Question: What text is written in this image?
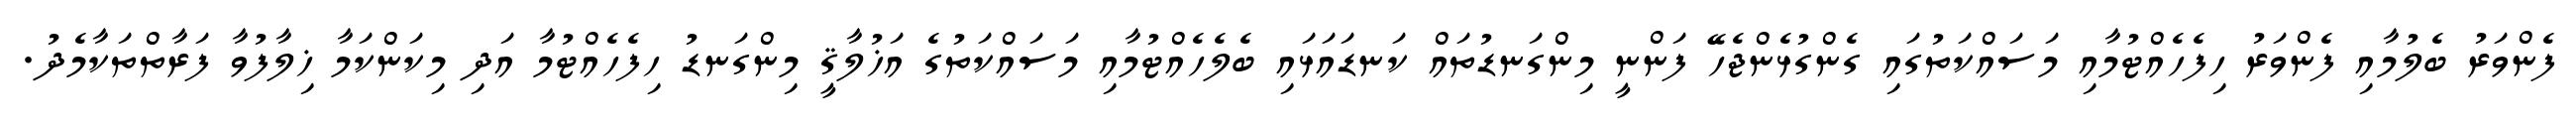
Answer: ފެންވަރު ބެލުމާއި ފެންވަރު ހިފެހެއްޓުމާއި މަސައްކަތުގައި ގެންގުޅެންޖެހޭ ފަންނީ މިންގަނޑުތައް ކަނޑައަޅައި ބެލެހެއްޓުމާއި މަސައްކަތުގެ އަޚުލާޤީ މިންގަނޑު ހިފެހެއްޓުމާ އަދި މިކަންކަމާ ޚިލާފުވާ ފަރާތްތަކާމެދު.